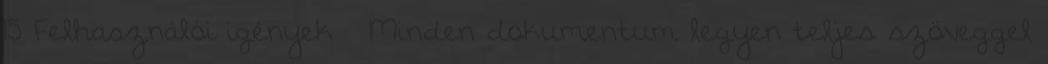
15 Felhasználói igények  Minden dokumentum legyen teljes szöveggel